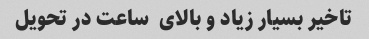
تاخیر بسیار زیاد و بالای  ساعت در تحویل